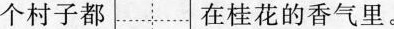
个村子都 在桂花的香气里。